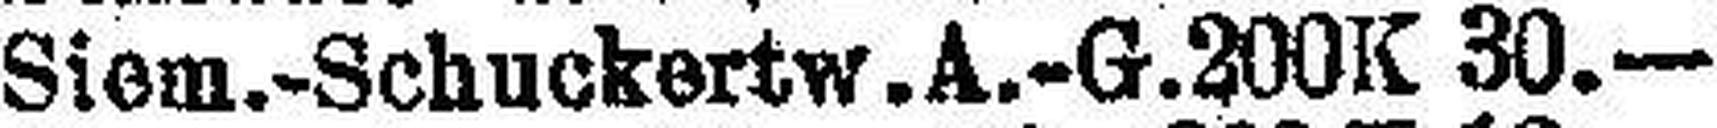
Siem.-Schuckertw. A.-G. 200 K 30.—